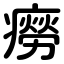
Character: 癆